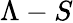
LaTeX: \Lambda-S